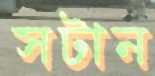
সটান